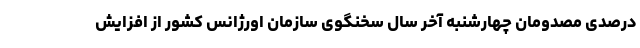
درصدی مصدومان چهارشنبه آخر سال سخنگوی سازمان اورژانس کشور از افزایش